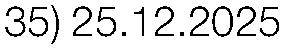
35) 25.12.2025